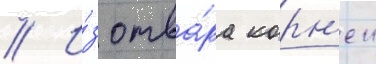
// И́з отва́ра корн'еи